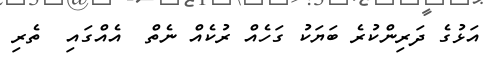
އަޅުގެ ދަރިންކުރެ ބަޔަކު ގަހެއް ރުކެއް ނެތް  އެއްގައި  ތެރި